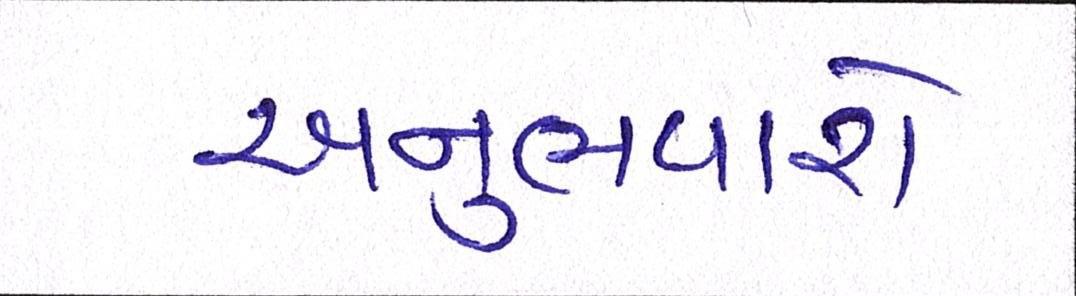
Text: અનુભવાશે